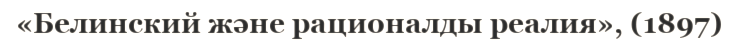
«Белинский және рационалды реалия», (1897)